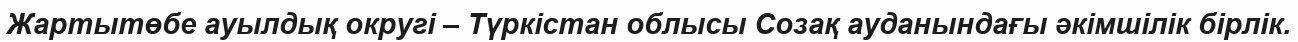
Жартытөбе ауылдық округі – Түркістан облысы Созақ ауданындағы әкімшілік бірлік.